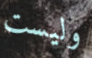
وليست